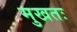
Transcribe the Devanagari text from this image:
मुखतः